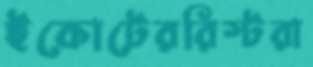
ইকোটেররিস্টরা